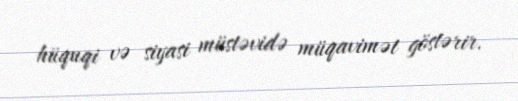
hüquqi və siyasi müstəvidə müqavimət göstərir.